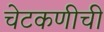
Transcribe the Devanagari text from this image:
चेटकणीची